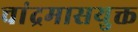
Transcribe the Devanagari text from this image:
चांद्रमासयुक्त